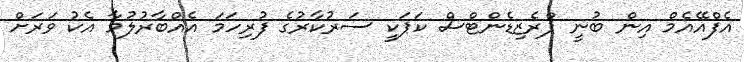
އެފްއޭއެމް އިން ބުނީ ޕްރެޒިޑެންޓްސް ކަޕަކީ ސަރުކާރުގެ ފުރިހަމަ އެއްބާރުލުމާ އެކު ވަރަށް